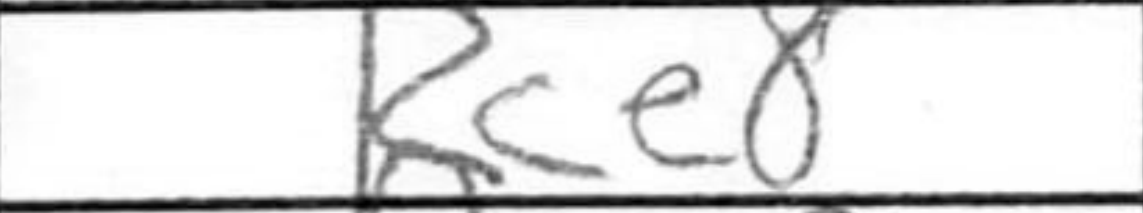
Transcription: Rce8